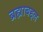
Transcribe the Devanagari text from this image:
ब्रह्माबद्दल